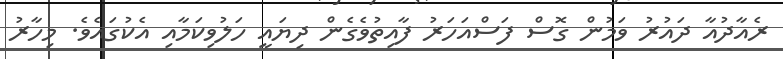
ރެއާދުއާ ދައުރު ވަމުން ގޮސް ފަސްއަހަރު ފާއިތުވެގެން ދިޔައީ ހަލުވިކަމާއި އެކުގައެވެ. މިހާރު